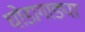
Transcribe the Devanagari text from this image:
घोडागाड्या